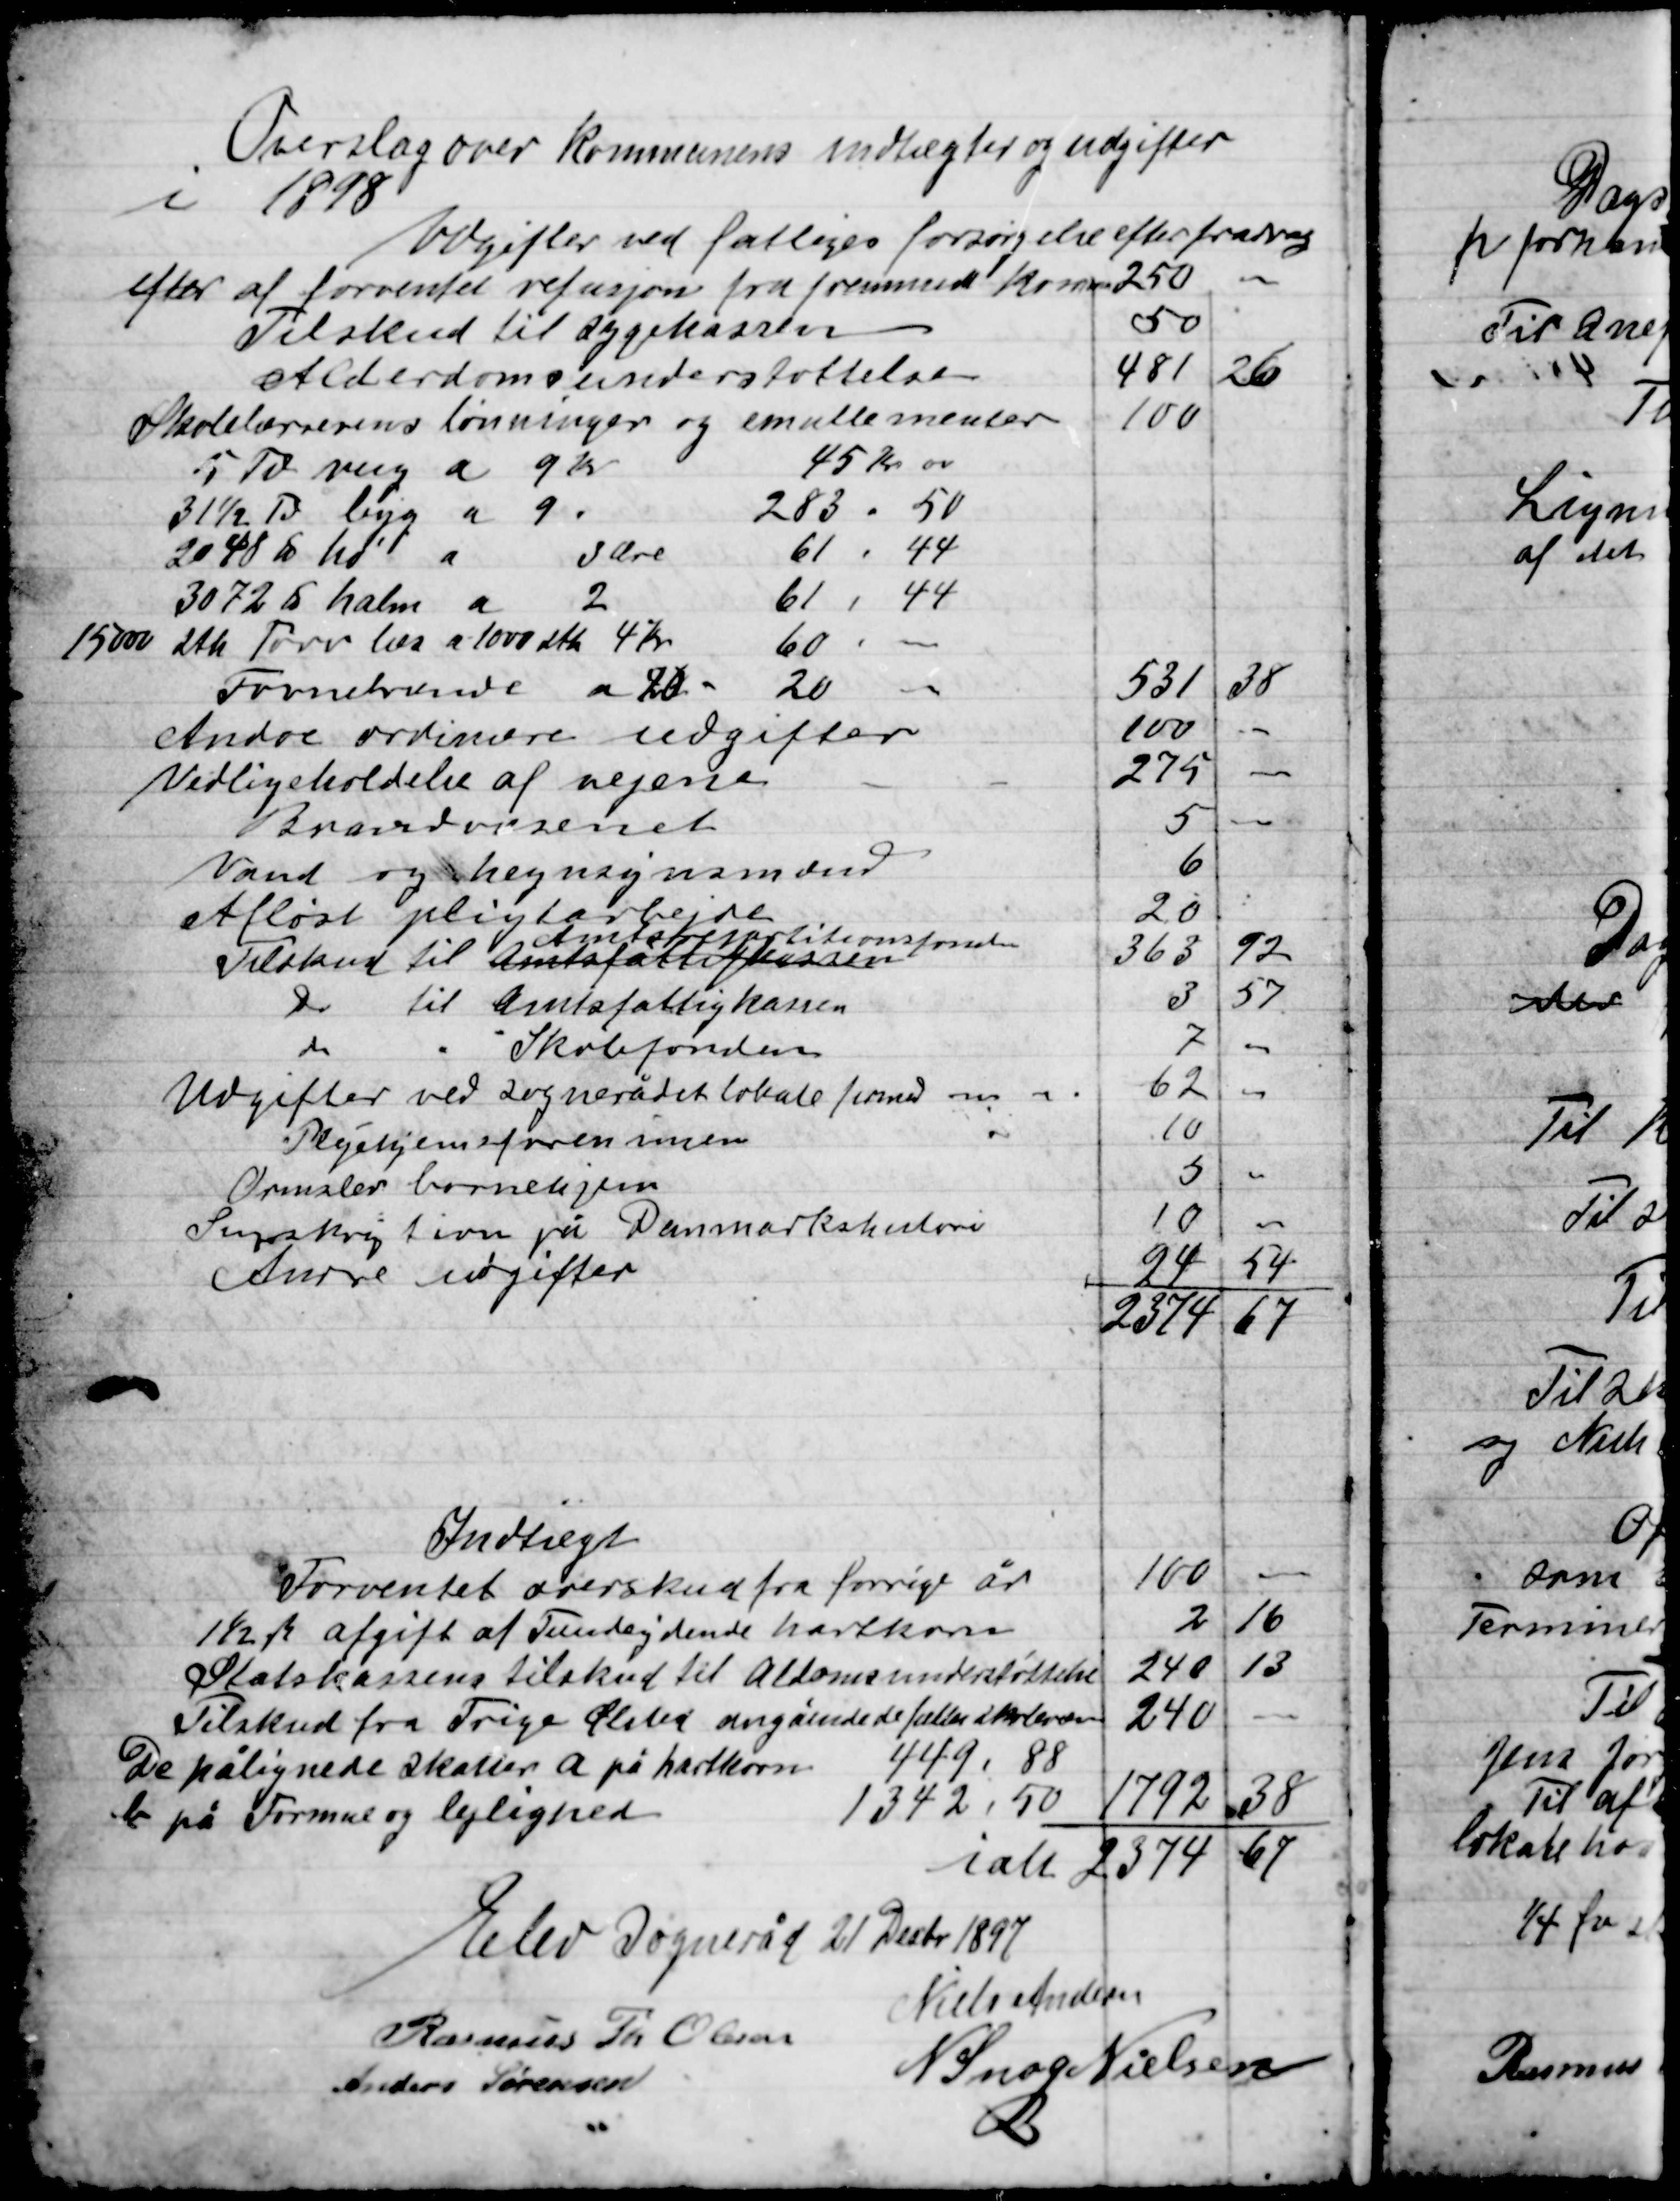
Transskription:
Overslag over Kommunens indtægter og udgifter
i 1898

Udgifter ved fattiges forsørgelse efter fradrag

Indtægt

Elev Sogneråd den 21 Decbr 1897

Rasmus Th. Olsen
Niels Andersen
Anders Sørensen
N. Snog Nielsen